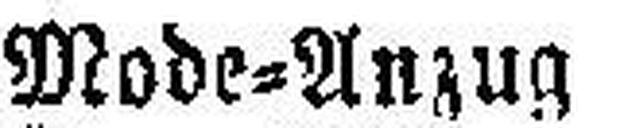
Mode=Anzug